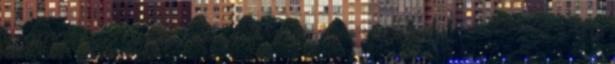
HPME-khez. Megoldási javaslat Várható eredmény Támogat- ható tevékeny- ségek